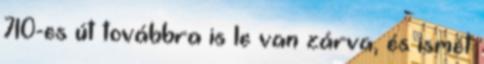
710-es út továbbra is le van zárva, és ismét